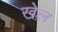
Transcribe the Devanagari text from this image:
खेल़